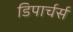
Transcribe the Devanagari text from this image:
डिपार्चर्स